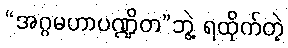
“အဂ္ဂမဟာပဏ္ဍိတ”ဘွဲ့ ရထိုက်တဲ့